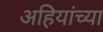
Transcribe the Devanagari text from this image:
अहियांच्या